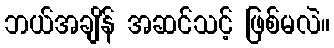
ဘယ်အချိန် အဆင်သင့် ဖြစ်မလဲ။